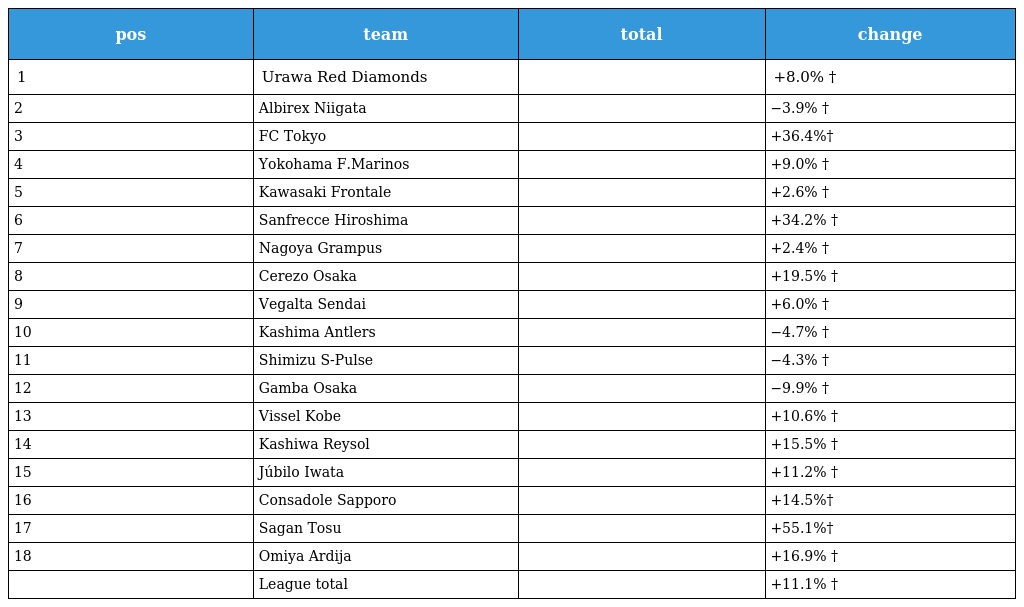
| pos | team | total | change |
 | --- | --- | --- | --- |
 | 1 | Urawa Red Diamonds |  | +8.0% † |
 | 2 | Albirex Niigata |  | −3.9% † |
 | 3 | FC Tokyo |  | +36.4%† |
 | 4 | Yokohama F.Marinos |  | +9.0% † |
 | 5 | Kawasaki Frontale |  | +2.6% † |
 | 6 | Sanfrecce Hiroshima |  | +34.2% † |
 | 7 | Nagoya Grampus |  | +2.4% † |
 | 8 | Cerezo Osaka |  | +19.5% † |
 | 9 | Vegalta Sendai |  | +6.0% † |
 | 10 | Kashima Antlers |  | −4.7% † |
 | 11 | Shimizu S-Pulse |  | −4.3% † |
 | 12 | Gamba Osaka |  | −9.9% † |
 | 13 | Vissel Kobe |  | +10.6% † |
 | 14 | Kashiwa Reysol |  | +15.5% † |
 | 15 | Júbilo Iwata |  | +11.2% † |
 | 16 | Consadole Sapporo |  | +14.5%† |
 | 17 | Sagan Tosu |  | +55.1%† |
 | 18 | Omiya Ardija |  | +16.9% † |
 |  | League total |  | +11.1% † |